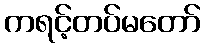
ကရင့်တပ်မတော်